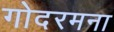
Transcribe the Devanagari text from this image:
गोदरमना